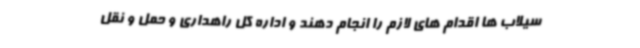
سیلاب ها اقدام های لازم را انجام دهند و اداره کل راهداری و حمل و نقل